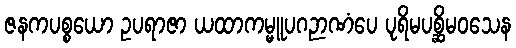
ဇနကပစ္စယော ဥပရာဇာ ယထာကမ္မူပဂဉာဏံပေ ပုရိမပစ္ဆိမဝသေန